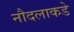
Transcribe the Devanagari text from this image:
नौदलाकडे